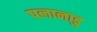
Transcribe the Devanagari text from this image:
पलानाडु